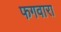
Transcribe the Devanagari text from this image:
फगवारा